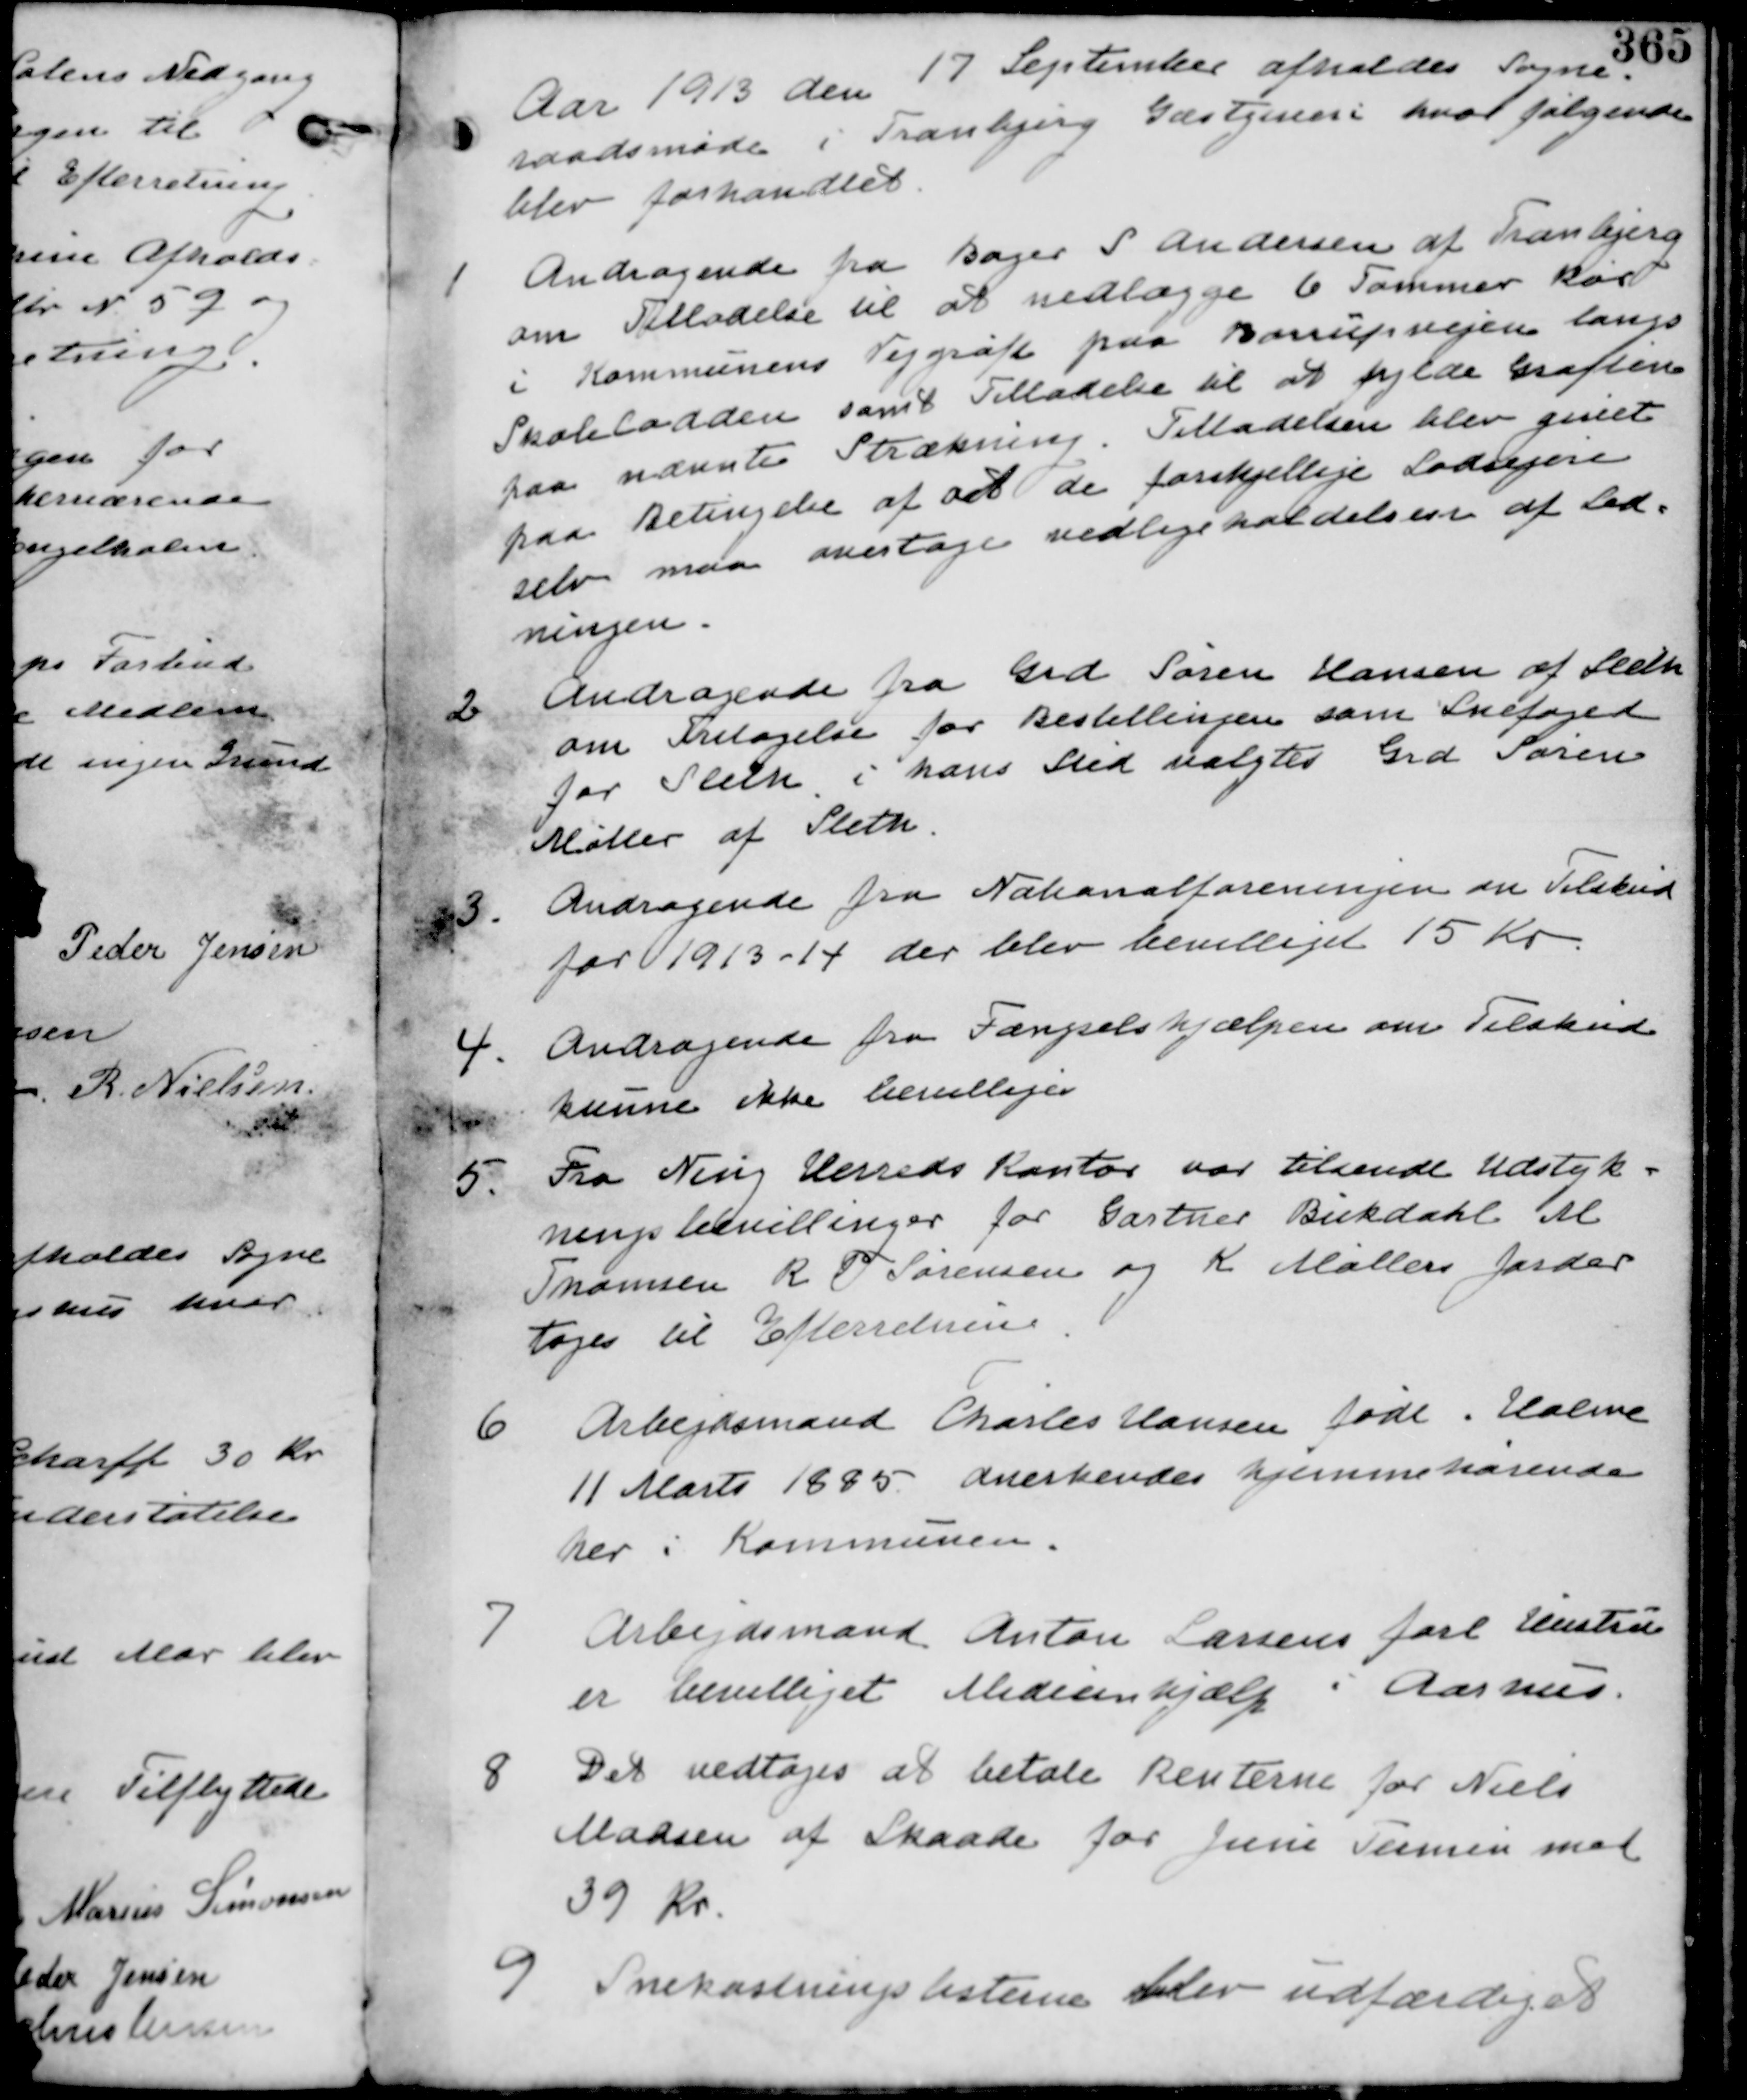
Transskription:
Aar 1913 den 17 September afholdes Sogne-
raadsmøde i Tranbjerg Gæstgiveri hvor følgende
blev forhandlet.

1. Andragende fra Bager S Andersen af Tranbjerg
om Tilladelse til at nedlægge 6 Tommer Rør
i Kommunens Vejgrøft paa Børupsvejen langs
Skolelodden samt tilladelse til at fylde Grøften
paa nævnte Strækning. Tilladelsen blev givet
paa Betingelse af at de forskellige Lodsejere
selv maa overtage vedligeholdelsen af Led-
ningen.

2. Andragende fra Grd Søren Hansen af Sleth
om Fritagelse for Bestillingen som Snefoged
for Sleth i hans Sted valgtes Grd Søren
Møller af Sleth

3. Andragende fra Nationalforeningen om Tilskud
for 1913-14 der blev bevilliget 15 Kr.

4. Andragende fra Fængselshjælpen om Tilskud
kunne ikke bevilliges.

5. Fra Ning Herreds Kontor var tilsendt Udstyk-
ningsbevillinger for GartnerBukdahl M
Thomsen R T Sørensen og K Møller Jorder
tages til Efterretning.

6. Arbejdsmand Charles Hansen født i Holme
11 Marts 1885 anerkendes hjemmehørende
her i Kommunen.

7. Arbejdsmand Anton Larsens forl Hustru
er bevilliget Medicinhjælp i Aarhus.

8. Det vedtages at betale Renterne for Niels
Madsen af Skaade for Juni Termin med
39 Kr.

9. Snekastningslisterne blev udfærdiget.